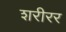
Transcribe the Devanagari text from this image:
शरीरर